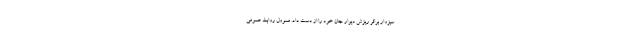
سبزوار براثر ریزش دیوار جان خود را از دست داد. مسوول روابط عمومی